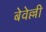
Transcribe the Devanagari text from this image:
बेवेल्ली